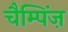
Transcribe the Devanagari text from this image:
चैम्पिंज़